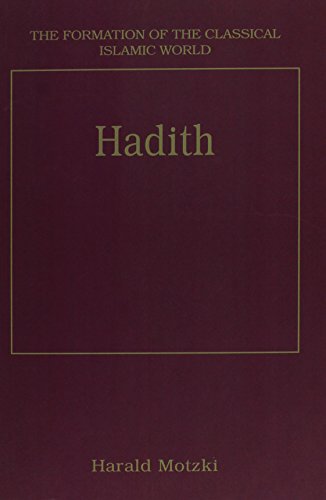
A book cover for Hadith: Origins and Developments (The Formation of the Classical Islamic World, 28); Harald Motzki; Religion & Spirituality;